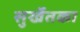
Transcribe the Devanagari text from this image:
सुर्खेतका